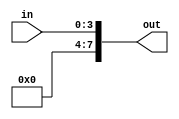
module zero_extend(in, out);
    input [3:0] in;
    output [7:0] out;

    reg one = 1'b1, zero = 1'b0;

    and and_1(out[0], in[0], one);
    and and_2(out[1], in[1], one);
    and and_3(out[2], in[2], one);
    and and_4(out[3], in[3], one);

    and and_5(out[4], zero);
    and and_6(out[5], zero);
    and and_7(out[6], zero);
    and and_8(out[7], zero);
endmodule

module test_zero_extend();

    reg [3:0] in;
    wire [7:0] out;

    zero_extend z(in, out);

    initial begin
        #10 in = 4'b1000;
        #10 in = 4'b1111;
        #10 in = 4'b0101;
        #10 $stop;
    end
endmodule